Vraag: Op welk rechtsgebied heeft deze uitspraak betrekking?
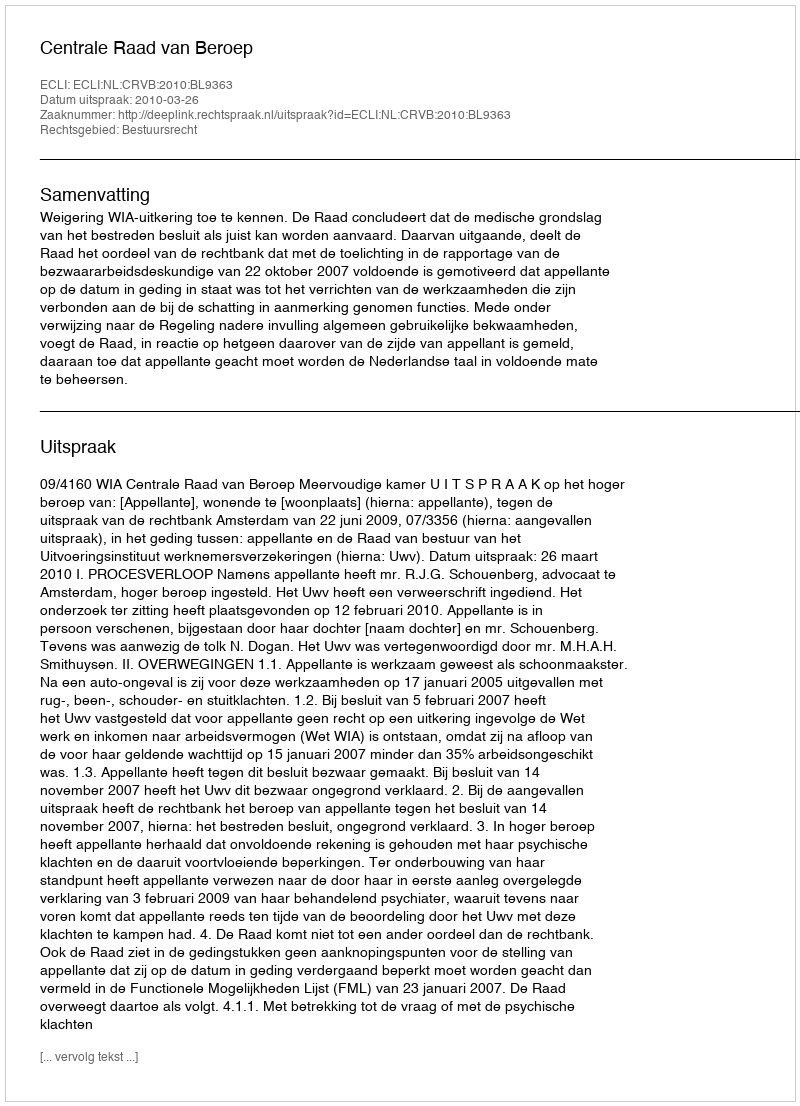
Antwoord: Bestuursrecht